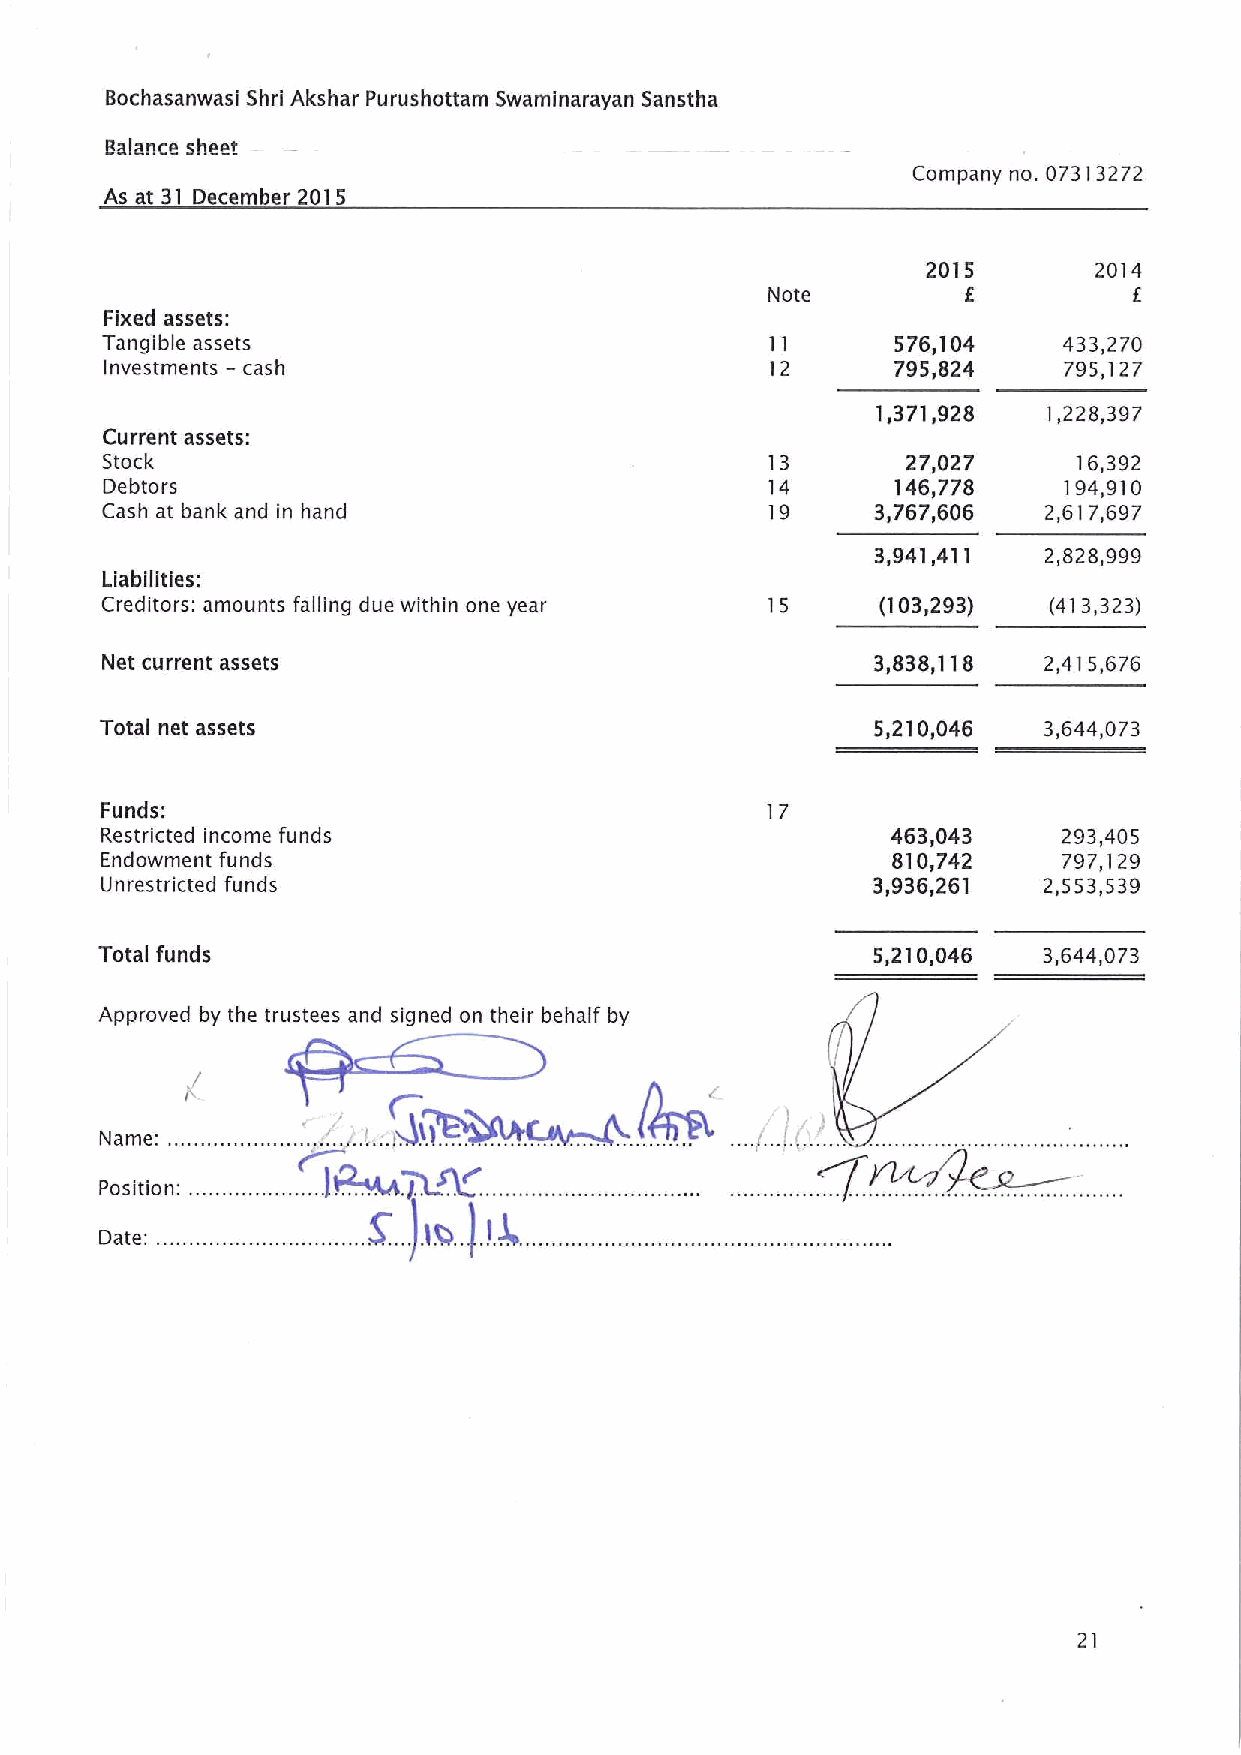
Bochasanwasi Shri Akshar Purushottam Swaminarayan Sanstha
 Balance sheet
 Company no. 07313272
 As at 31 December 2015
 2015       2014
 Note         f          f
 Fixed assets:
 Tangible assets                             11      576,104    433,270
 Investments —cash                           12      795,824    795,127
 1,371,928  1,228,397
 Current assets:
 Stock                                       13       27,027     16,392
 Debtors                                     14      146,778    194,910
 Cash at bank and in hand                    19     3,767,606  2,617,697
 3,941,411  2,828,999
 Liabilities:
 Creditors: amounts falling due within one year 15  (103,293)  (413,323)
 Net current assets                                 3,838,118  2,415,676
 Total net assets                                   5,210,046  3,644,073
 Funds:                                      17
 Restricted income funds                             463,043    293,405
 Endowment funds                                     810,742    797,129
 Unrestricted funds                                 3,936,261  2,553,539
 Total funds                                        5,210,046  3,644,073
 Approved by the trustees and signed on their behalf by
 Pm,
 Name                                         ,
 Position
 Date
 21